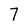
Character: 7